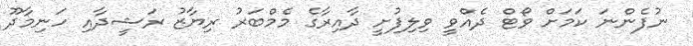
ނުފެންނަ ކަމަށް ވޯޓް ދެއްވީ ވިލިފުށީ ދާއިރާގެ މެމްބަރު ރިޔާޒު ރަޝީދާއި ހަނިމާދޫ